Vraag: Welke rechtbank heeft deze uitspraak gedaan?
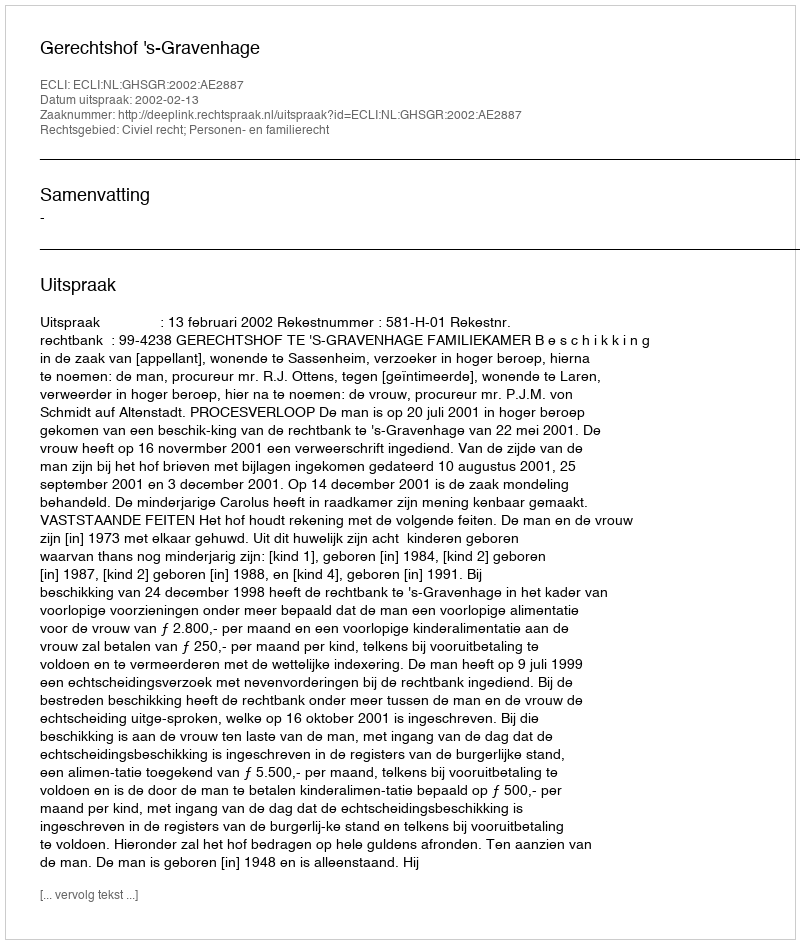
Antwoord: Gerechtshof 's-Gravenhage